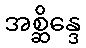
အစ္ဆိန္ဒေ